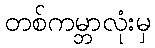
တစ်ကမ္ဘာလုံးမှ